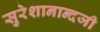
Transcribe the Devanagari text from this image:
सुरेशानान्दजी